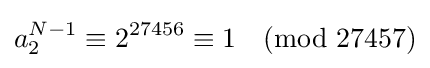
a_{2}^{N-1}\equiv 2^{27456}\equiv 1{\pmod {27457}}